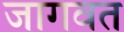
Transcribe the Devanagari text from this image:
जागवत